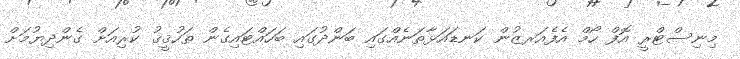
މިނިސްޓްރީ އޮފް ހޯމް އެފެއަރޒުން ކަނޑައަޅާތަނެއްގައި ބަންދުގައި ބަހައްޓައިގެން ތަހުޤީޤު ކުރިއަށް ގެންދިޔުމަށް